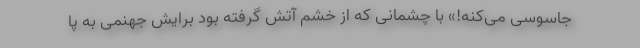
جاسوسی می‌کنه!» با چشمانی که از خشم آتش گرفته بود برایش جهنمی به پا